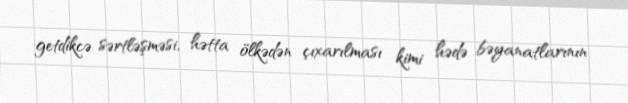
getdikcə sərtləşməsi, hətta ölkədən çıxarılması kimi hədə bəyanatlarının